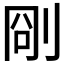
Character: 𠜛